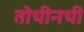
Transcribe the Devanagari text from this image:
तोचीनची